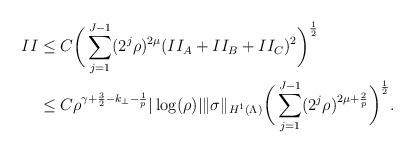
LaTeX: \begin{align*}II &\le C \bigg(\sum_{j=1}^{J-1} (2^j\rho)^{2\mu}(II_A+II_B+II_C)^2\bigg)^\frac{1}{2}\\ &\le C\rho^{\gamma+\frac{3}{2}-k_\perp-\frac{1}{p}}|\log(\rho)| \|\sigma\|_{H^1(\Lambda)}\bigg(\sum_{j=1}^{J-1} (2^j\rho)^{2\mu+\frac{2}{p}}\bigg)^\frac{1}{2}.\end{align*}